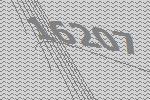
16207